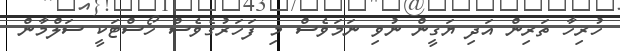
ހުރިހާ ތަރިން އަދި ޔަގީން ނުވި ނަމަވެސް މި ފަހަރުގެވެސް ހޯސްޓަކީ ސަލްމާން